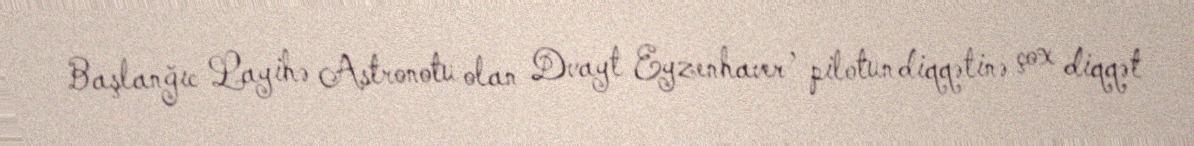
Başlanğıc Layihə Astronotu olan Dvayt Eyzenhaver , pilotun diqqətinə çox diqqət